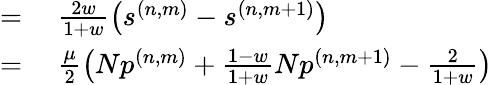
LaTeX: \begin{array}{rl}{=}&{{}~\frac{2w}{1+w}\left(s^{(n,m)}-s^{(n,m+1)}\right)}\\ {=}&{{}~\frac{\mu}{2}\left(Np^{(n,m)}+\frac{1-w}{1+w}Np^{(n,m+1)}-\frac{2}{1+w}\right)}\end{array}